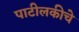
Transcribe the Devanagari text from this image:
पाटीलकीचे